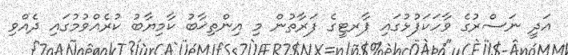
އަދީ ނަސްރުގެ ވާހަކަފުޅުގައި ޕާރޓީގެ ފަރާތުން މި އިންތިޚާބު ކާމިޔާބު ކުރެއްވުމުގައި ދެއްވި